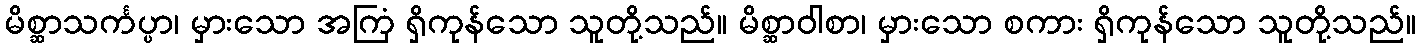
မိစ္ဆာသင်္ကပ္ပာ၊ မှားသော အကြံ ရှိကုန်သော သူတို့သည်။ မိစ္ဆာဝါစာ၊ မှားသော စကား ရှိကုန်သော သူတို့သည်။